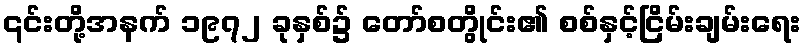
၎င်းတို့အနက် ၁၉၇၂ ခုနှစ်၌ တော်စတွိုင်း၏ စစ်နှင့်ငြိမ်းချမ်းရေး